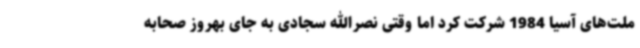
ملت‌های آسیا 1984 شرکت کرد اما وقتی نصرالله سجادی به جای بهروز صحابه